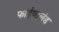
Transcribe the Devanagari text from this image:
फाईण्डलंड